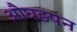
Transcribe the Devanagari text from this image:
औघड़पन